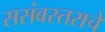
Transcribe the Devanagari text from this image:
ससंवस्तराचे